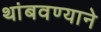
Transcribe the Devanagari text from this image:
थांबवण्याने